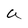
Character: a